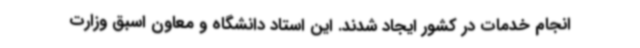
انجام خدمات در کشور ایجاد شدند. این استاد دانشگاه و معاون اسبق وزارت